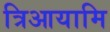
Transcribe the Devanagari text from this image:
त्रिआयामि